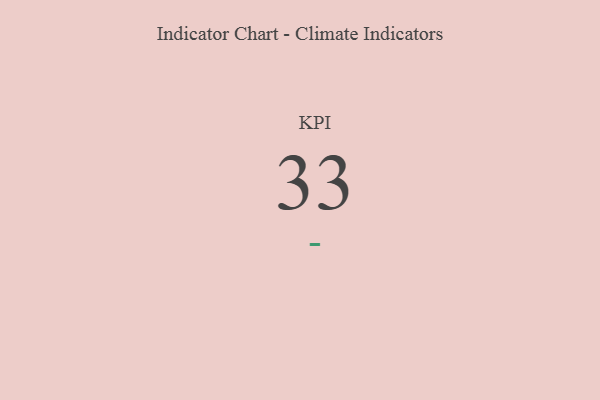
{"axis": {"x": "KPI", "y": "Value"}, "legend": [""], "data": [{"x": "KPI", "y": 33, "type": ""}]}